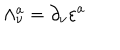
\Lambda _ { \nu } ^ { a } = \partial _ { \nu } \varepsilon ^ { a }